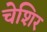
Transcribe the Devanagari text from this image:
चेशिर